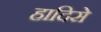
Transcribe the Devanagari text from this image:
हादिसे